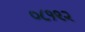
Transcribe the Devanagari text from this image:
०८१९२